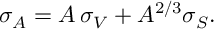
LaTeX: \sigma _ { A } = A \, \sigma _ { V } + A ^ { 2 / 3 } \sigma _ { S } .